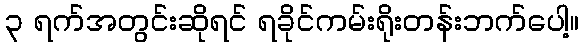
၃ ရက်အတွင်းဆိုရင် ရခိုင်ကမ်းရိုးတန်းဘက်ပေါ့။